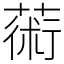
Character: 𦸇